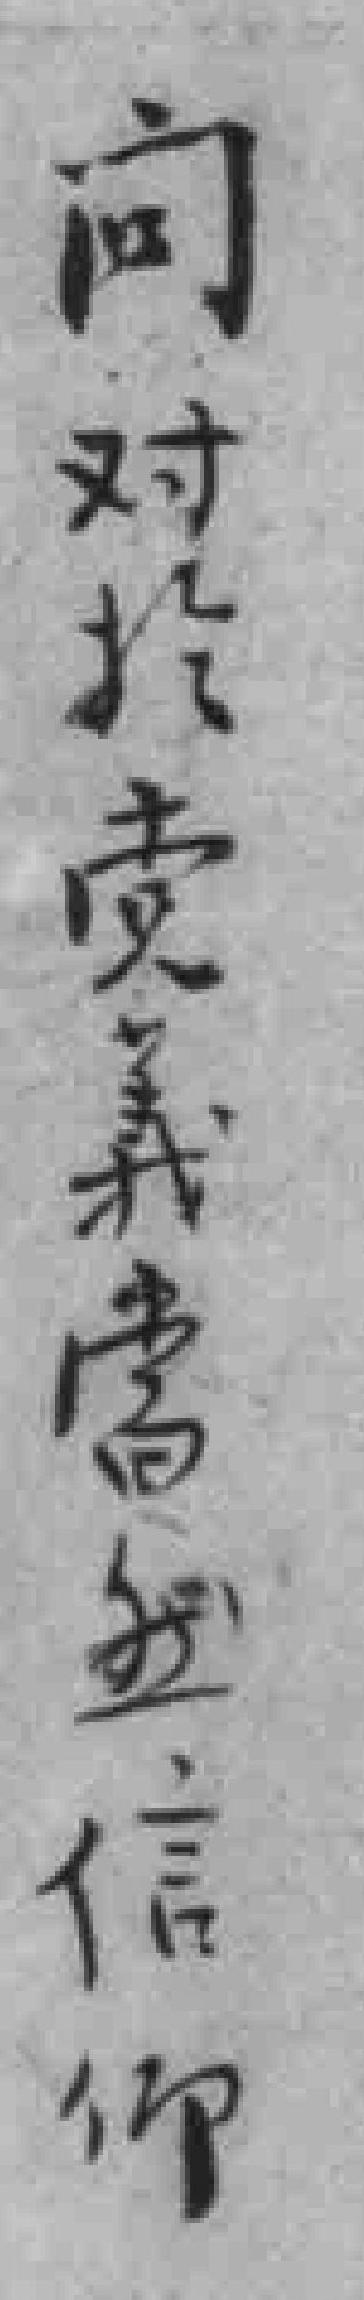
问对於党義當然信仰